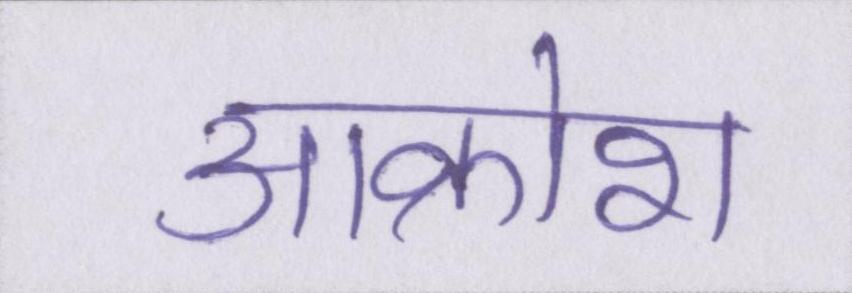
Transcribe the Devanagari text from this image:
आक्रोश